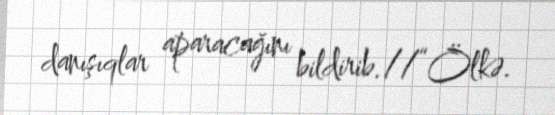
danışıqlar aparacağını bildirib.//“Ölkə.